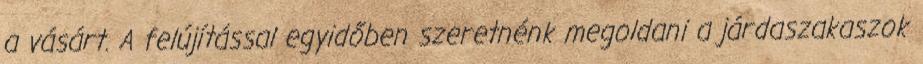
a vásárt. A felújítással egyidőben szeretnénk megoldani a járdaszakaszok